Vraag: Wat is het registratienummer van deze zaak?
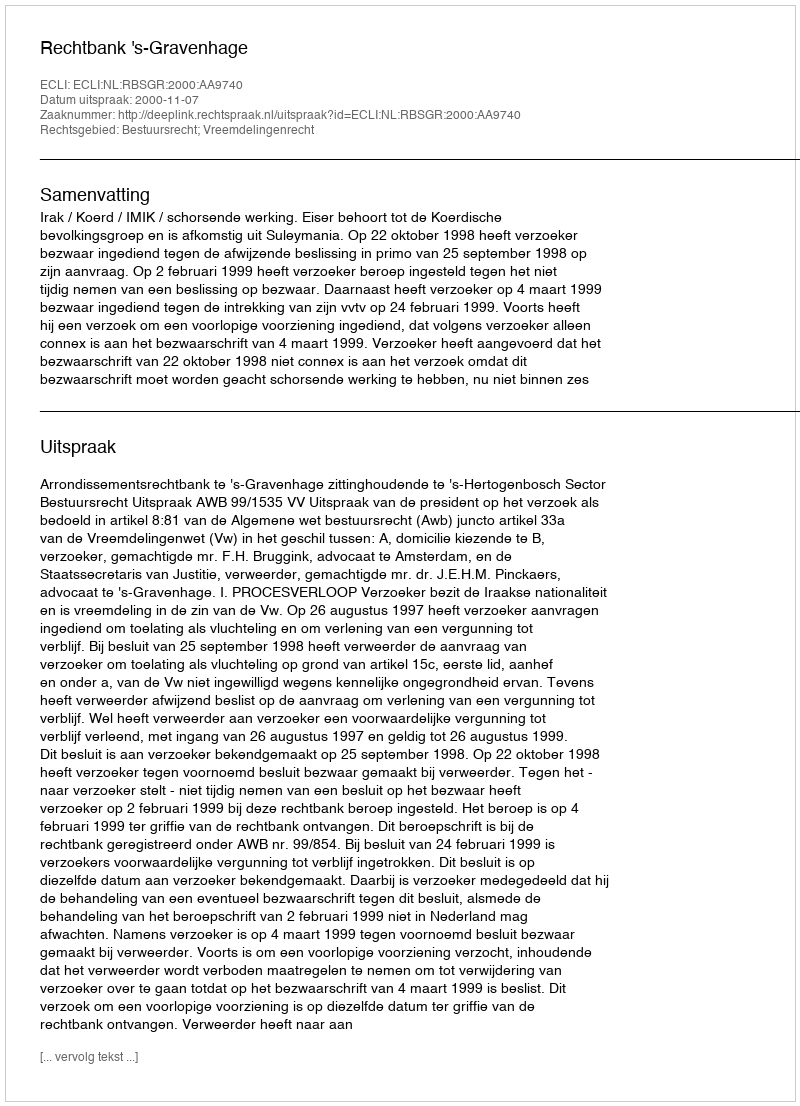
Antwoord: http://deeplink.rechtspraak.nl/uitspraak?id=ECLI:NL:RBSGR:2000:AA9740